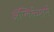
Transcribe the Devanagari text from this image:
ॲप्लिकेशने